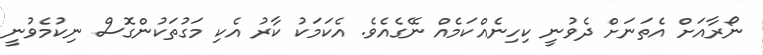
ނޯރާއަށް އެތަނަށް ދެވުނީ ކިހިނެއްކަމެއް ނޭގެއެވެ. އެކަމަކު ކާރު އެކި މަގުތަކުންގޮސް ނިކުމެވުނީ